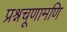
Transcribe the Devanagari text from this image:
प्रश्नचूणामणि